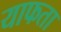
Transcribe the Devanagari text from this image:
याफता